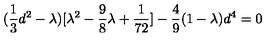
( { \frac { 1 } { 3 } } d ^ { 2 } - \lambda ) [ \lambda ^ { 2 } - { \frac { 9 } { 8 } } \lambda + { \frac { 1 } { 7 2 } } ] - { \frac { 4 } { 9 } } ( 1 - \lambda ) d ^ { 4 } = 0